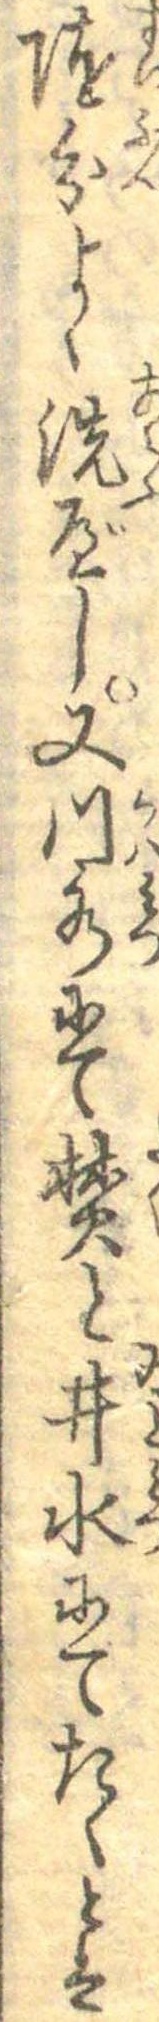
随分よく洗べし又川水にて焚と井水にてたくとは